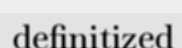
definitized